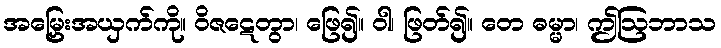
အမြှေးအယှက်ကို။ ဝိဇဋေတွာ၊ ဖြေ၍။ ဝါ၊ ဖြတ်၍။ တေ ဓမ္မာ၊ ဤဩဘာသ